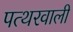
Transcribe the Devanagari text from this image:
पत्थरवाली